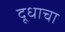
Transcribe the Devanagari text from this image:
दूधाचा